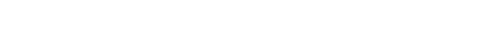
သဘောထားသလဲ ဆိုတာ ဒီဝတ္ထု ဖတ်ပြီးရင် နားလည် သဘောပေါက်လာပါလိမ့်မယ်။